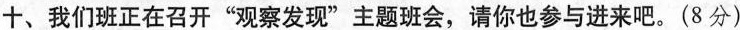
十、我们班正在召开“观察发现”主题班会，请你也参与进来吧。(8分)